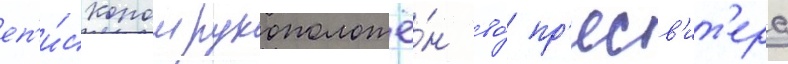
еп'и́скопом рукоположё́н во́ пр'есв'ит'ера